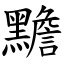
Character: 黵